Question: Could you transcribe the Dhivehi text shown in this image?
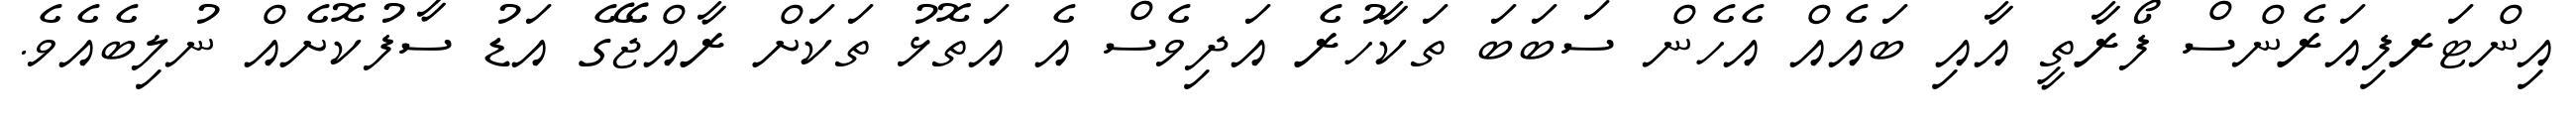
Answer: އިންޓަރފިއަރެންސް ފޯރާތީ އާއި ބައެއް އެހެން ސަބަބަ ތަކާހުރެ އަދިވެސް އެ އަތޮޅު ތަކަށް ރާއްޖޭގެ އަޑު ސާފުކޮށެއް ނުލިބެއެވެ.